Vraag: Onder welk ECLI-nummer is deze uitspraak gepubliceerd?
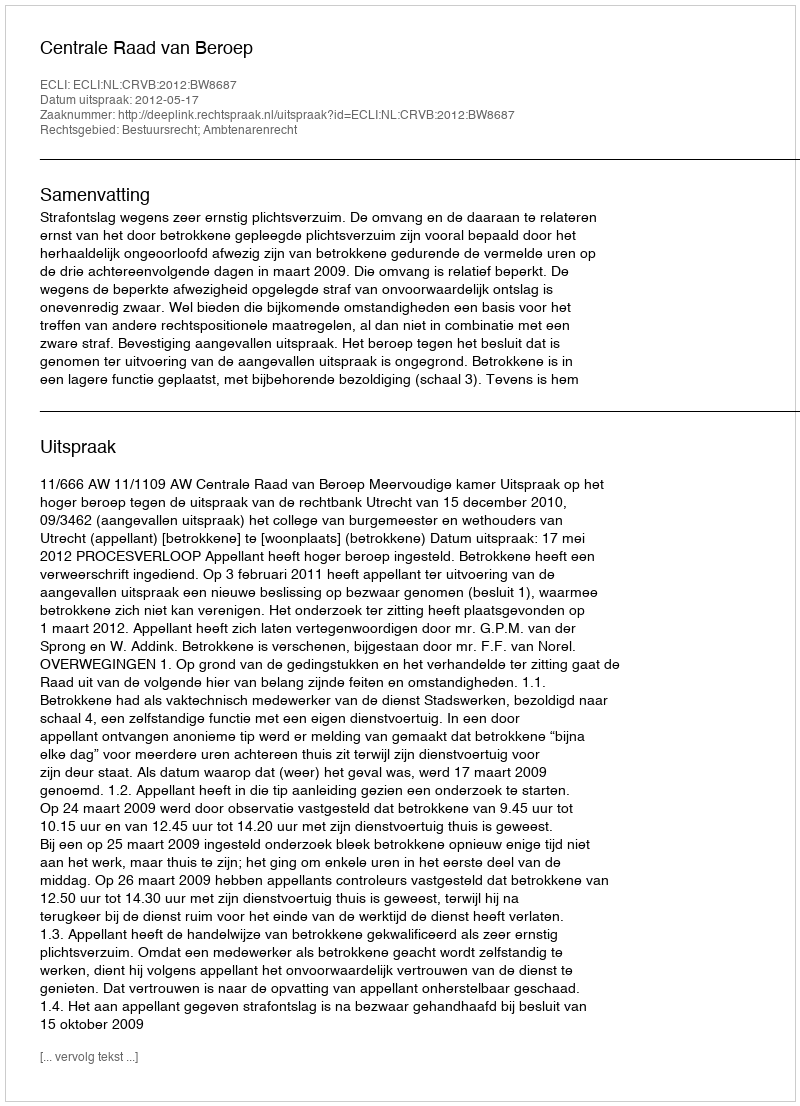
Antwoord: ECLI:NL:CRVB:2012:BW8687